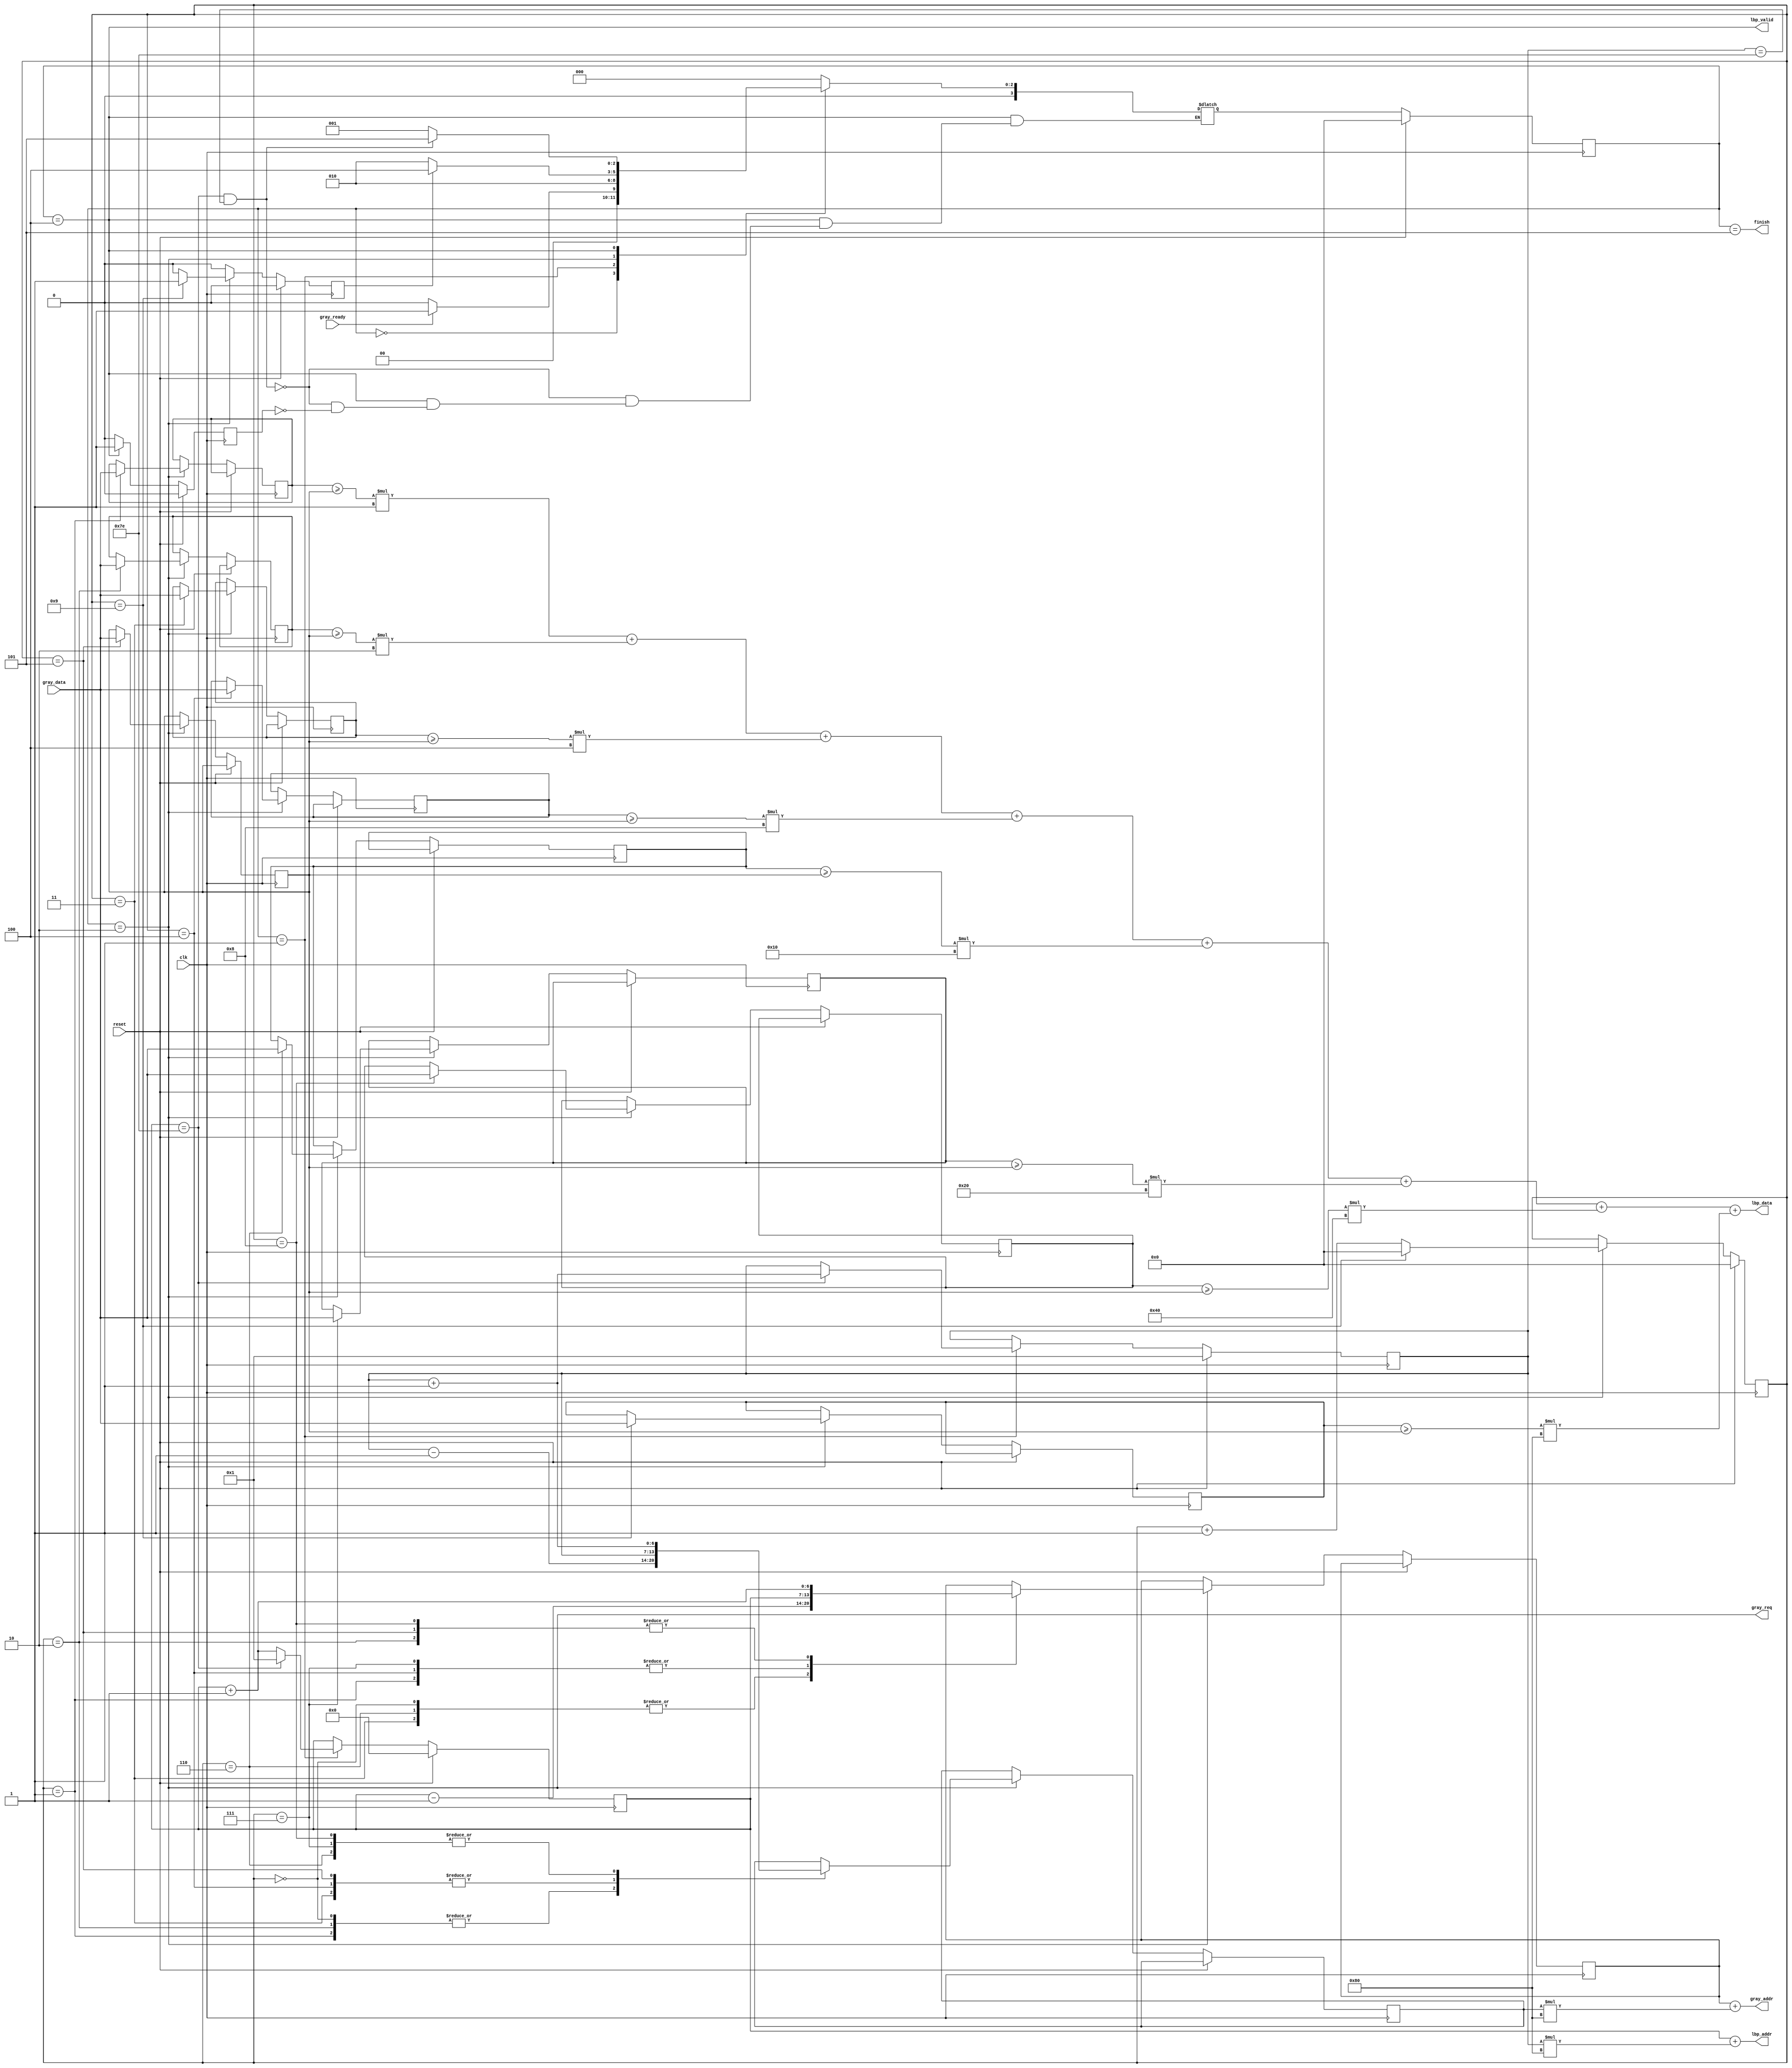

`timescale 1ns/10ps
module LBP ( clk, reset, gray_addr, gray_req, gray_ready, gray_data, lbp_addr, lbp_valid, lbp_data, finish);
input   	clk;
input   	reset;
output  [13:0] 	gray_addr;
output         	gray_req;
input   	gray_ready;
input   [7:0] 	gray_data;
output  [13:0] 	lbp_addr;
output  	lbp_valid;
output  [7:0] 	lbp_data;
output  	finish;
//====================================================================
parameter START = 0;
parameter SETCENTER = 1;
parameter GETDATA = 2;
parameter CALCULATE = 3;
parameter STOREBACK = 4;
parameter FINISH = 5;

reg [6:0] x,y,x_s,y_s;
reg [3:0] countNine, state, nextState;
reg finishGetData, finishStoreBack, finishSetCenter;
reg [7:0] thresh [0:8];
reg [13:0] storeAddr;

wire [7:0] expOf2 [0:8];
assign expOf2[0] = 8'b0000_0001;
assign expOf2[1] = 8'b0000_0010;
assign expOf2[2] = 8'b0000_0100;
assign expOf2[3] = 8'b0000_1000;
assign expOf2[5] = 8'b0001_0000;
assign expOf2[6] = 8'b0010_0000;
assign expOf2[7] = 8'b0100_0000;
assign expOf2[8] = 8'b1000_0000;


/*
always@()begin
	for(integer i = 0;i < 8;i = i + 1)
		calculated_result = calculated_result + (thresh[i] * expOf2[i]);
	end
end*/

assign finish = (state == FINISH);
assign lbp_data = (thresh[0] >= thresh[4]) * expOf2[0] + (thresh[1] >= thresh[4]) * expOf2[1] + (thresh[2] >= thresh[4]) * expOf2[2] + (thresh[3] >= thresh[4]) * expOf2[3] + (thresh[5] >= thresh[4]) * expOf2[5] 
+ (thresh[6] >= thresh[4]) * expOf2[6] + (thresh[7] >= thresh[4]) * expOf2[7] + (thresh[8] >= thresh[4]) * expOf2[8];
assign lbp_addr = x + (y * 128);
assign lbp_valid = (state == STOREBACK);
//presume x_s, y_s already set
assign gray_addr = x_s + y_s * 128;
assign gray_req = (state == GETDATA);

always@(gray_ready, finishGetData, finishStoreBack, finishSetCenter, state)begin
	case(state)
		START:
			if(gray_ready)
				nextState = SETCENTER;
			else
				nextState = START;
		SETCENTER:
			nextState = GETDATA;
		GETDATA:
			if(finishGetData)
				nextState = STOREBACK;
			else
				nextState <= GETDATA;
		STOREBACK:
			if(x == 126 && y == 126)
				nextState = FINISH;
			else if(finishStoreBack)
				nextState = SETCENTER;
		default:
			nextState = 0;
	endcase
end

always@(posedge clk)begin
	if(reset)
		state = 4'd0;
	else
		state = nextState;
end
always@(posedge clk)begin
	finishGetData <= 0;
	finishSetCenter <= 0;
	finishStoreBack <= 0;
	if(reset)begin
		x <= 0;
		y <= 1;
		countNine <= 0;
	end
	else
		case(state)	
			SETCENTER:begin
				if(x == 126)begin
					x <= 1;
					y <= y + 1;
				end
				else
					x <= x + 1;
				finishSetCenter <= 1;
			end
			GETDATA:begin
				if(countNine == 9)begin
					finishGetData <= 1;
					countNine <= 4'b0000;
				end
				else
					countNine <= countNine + 1;
				case(countNine)
					0:begin 
						x_s = x - 1;
						y_s = y - 1;
					end
					1:begin 
						x_s = x;
						y_s = y - 1;
						thresh[0] <= gray_data;
					end
					2:begin 
						x_s = x + 1;
						y_s = y - 1;
						thresh[1] <= gray_data;
					end
					3:begin 
						x_s = x - 1;
						y_s = y;
						thresh[2] <= gray_data;
					end
					4:begin 
						x_s = x;
						y_s = y;
						thresh[3] <= gray_data;
					end
					5:begin 
						x_s = x + 1;
						y_s = y;
						thresh[4] <= gray_data;
					end
					6:begin 
						x_s = x - 1;
						y_s = y + 1;
						thresh[5] <= gray_data;
					end
					7:begin 
						x_s = x;
						y_s = y + 1;
						thresh[6] <= gray_data;
					end
					8:begin 
						x_s = x + 1;
						y_s = y + 1;
						thresh[7] <= gray_data;
					end
					9:
						thresh[8] <= gray_data;
					default:begin
						
					end
				endcase
			end
			STOREBACK:begin
				finishStoreBack <= 1;
			end
		endcase
end





//====================================================================
endmodule